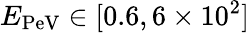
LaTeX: E_{\mathrm{PeV}}\in[0.6,6\times 10^{2}]